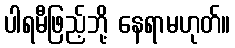
ပါရမီဖြည့်ဘို့ နေရာမဟုတ်။